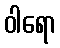
ဝါရော